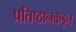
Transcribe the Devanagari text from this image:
प्रतिष्ठानकडून